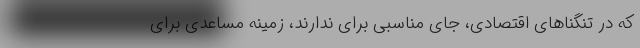
که در تنگناهای اقتصادی، جای مناسبی برای ندارند، زمینه مساعدی برای